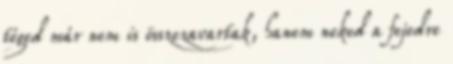
téged már nem is összezavartak, hanem neked a fejedre